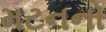
મટનનો